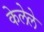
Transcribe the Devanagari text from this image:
केलेेले